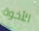
الأخوة